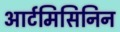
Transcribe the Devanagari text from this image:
आर्टमिसिनिन